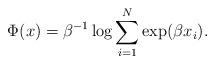
LaTeX: \begin{align*} \Phi(x) = \beta^{-1} \log\sum_{i=1}^{N} \exp(\beta x_i).\end{align*}